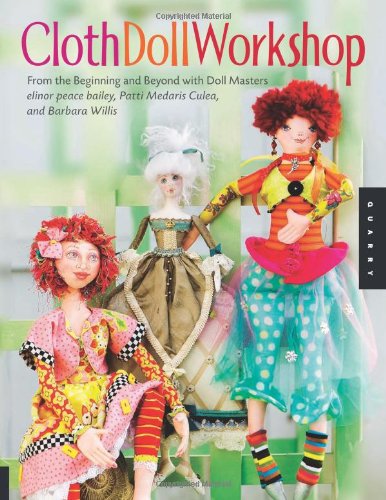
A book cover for Cloth Doll Workshop: From the Beginning and Beyond with Doll Masters elinor peace bailey, Patti Medaris Culea, and Barbara Willis; Barbara Willis; Crafts, Hobbies & Home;